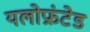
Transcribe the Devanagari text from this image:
यलोफ्रंटेड